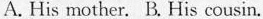
A. His mother. B. His cousin.